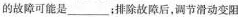
的故障可能是___；排除故障后，调节滑动变阻